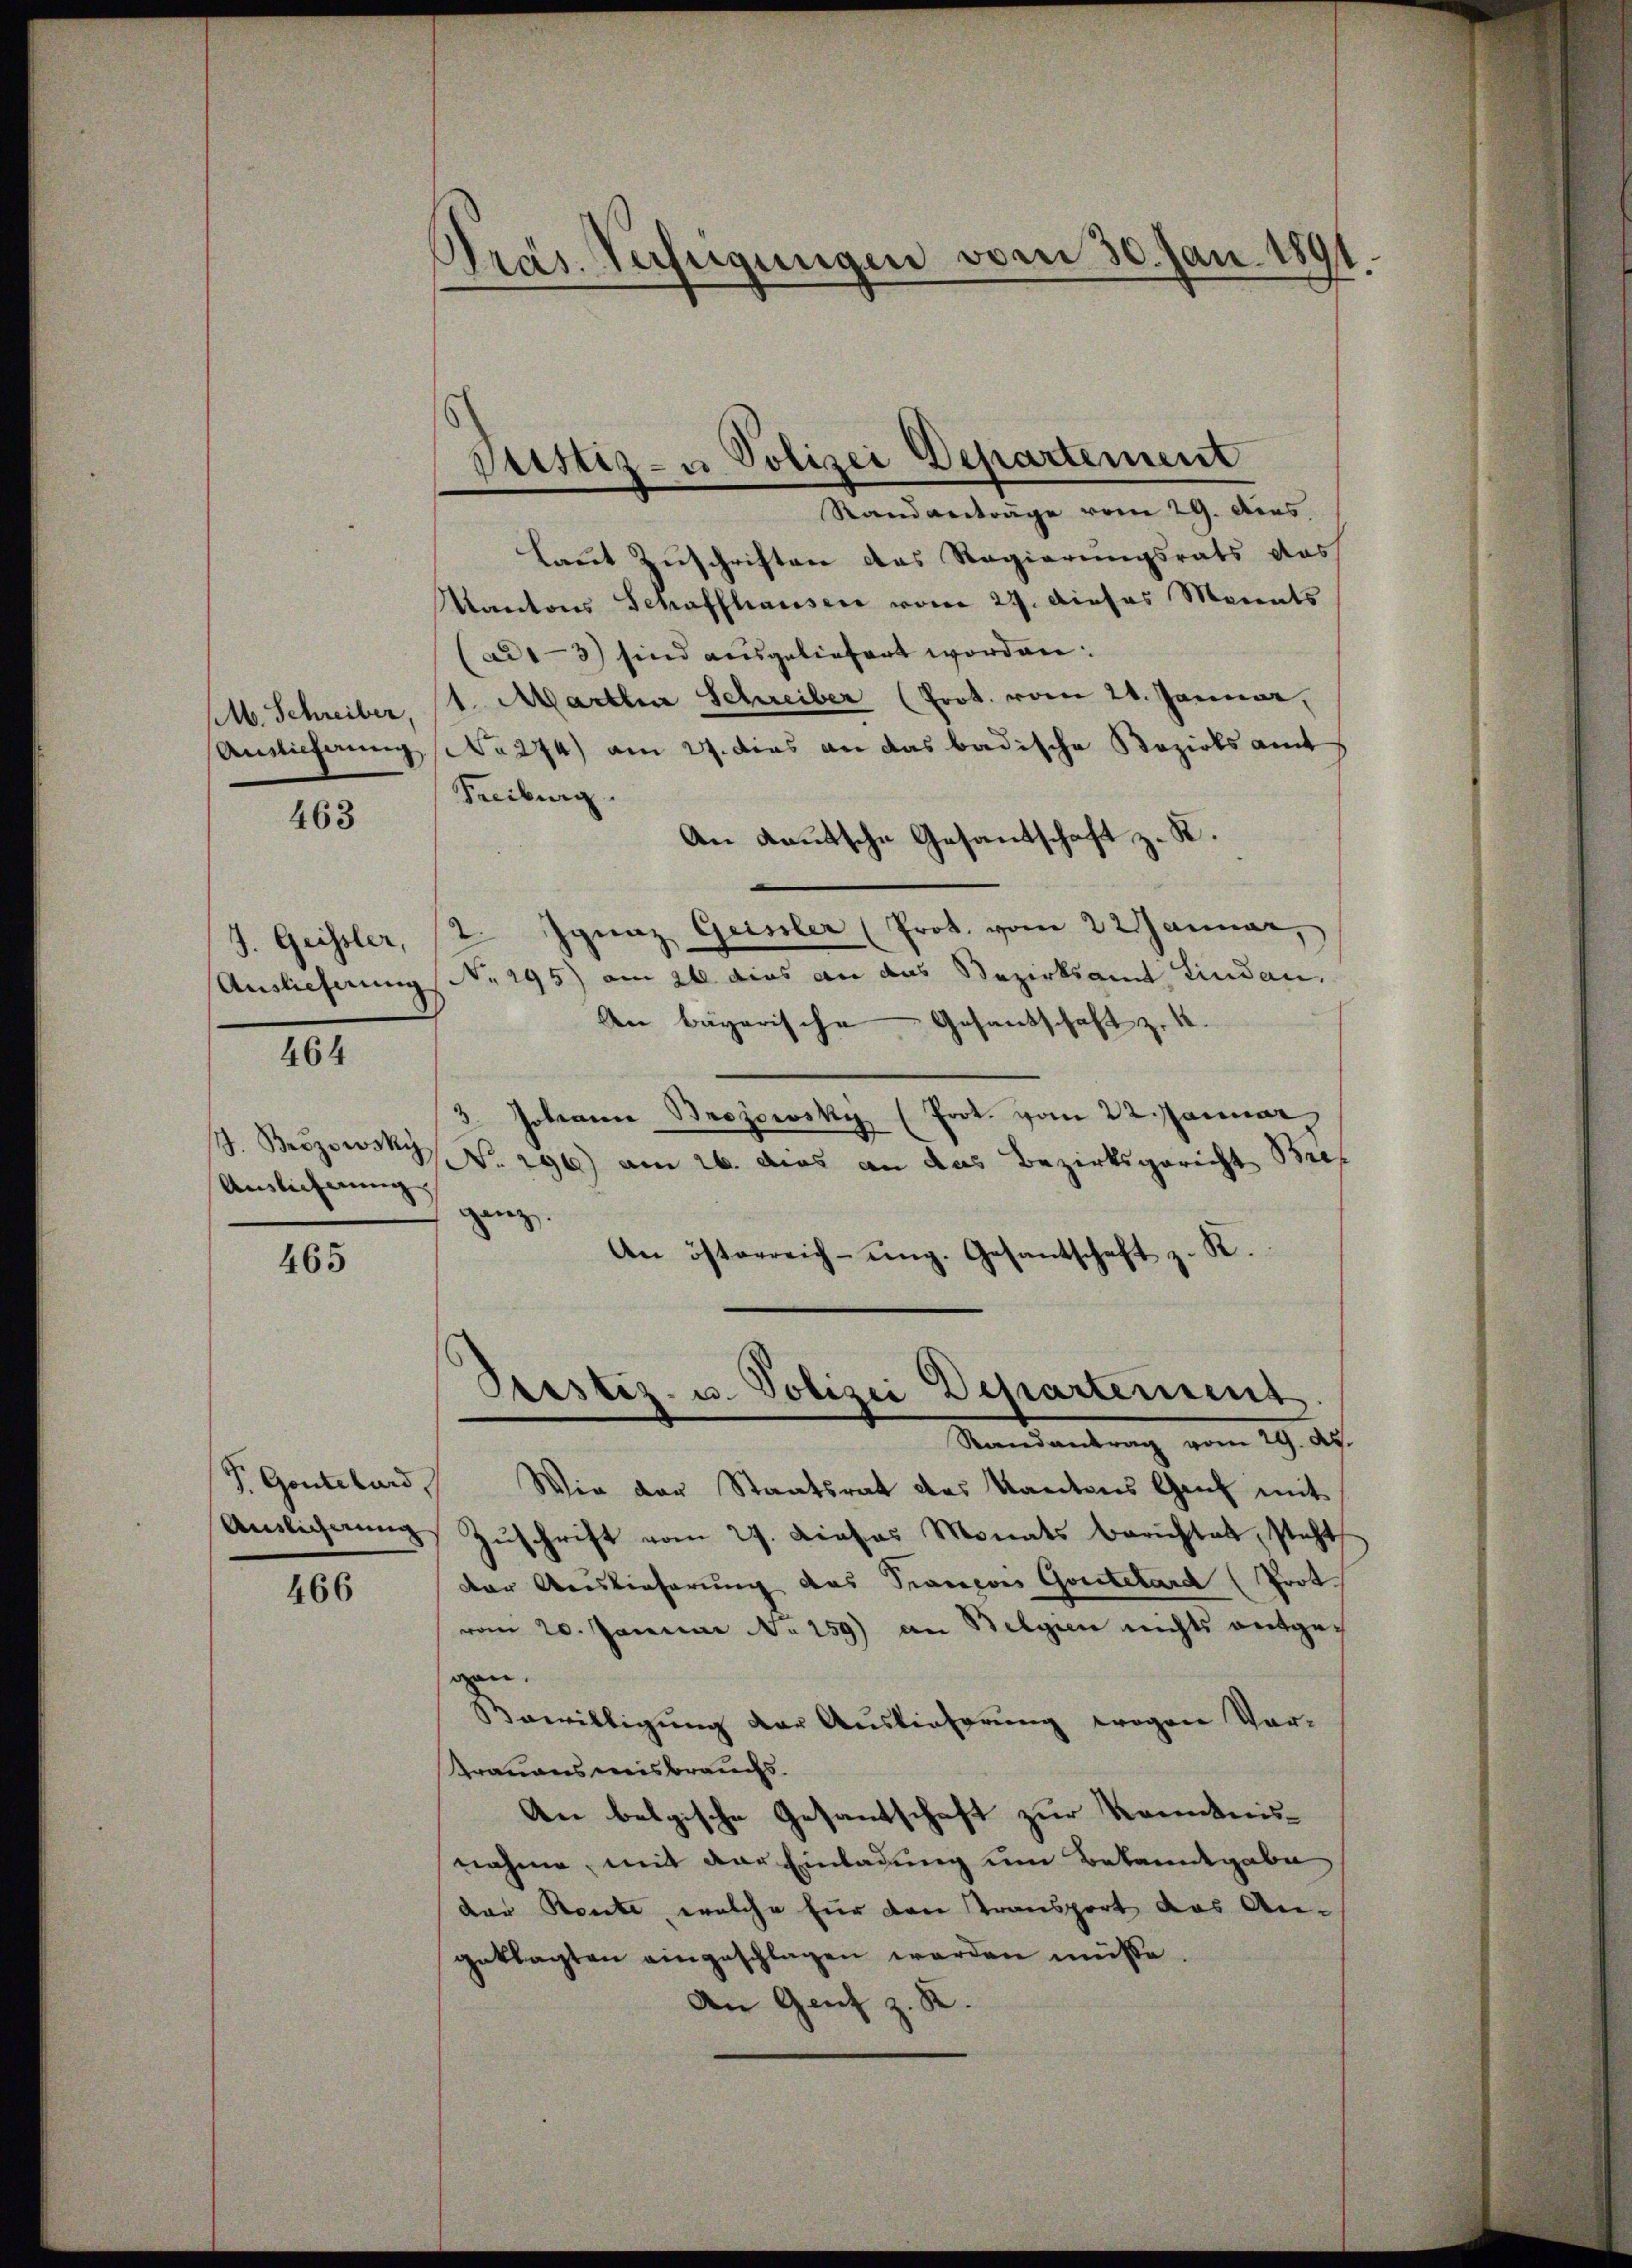
463

J. Geissler,

J. Brozowsky
Auslieferung

464

Randanträge vom 29. Dies
laut Zuschriften das Regierungsrats das
Kantons Schaffhausen vom 27. Dieses Marents
ad1-3) sind ausgeliefert worden:
sb. Schreiber, 11. Martin Schreiber (Prot. vom 21. Januar,
Ansicherung No 274) am 21. dies an das badische Rezirksamt
Freiburg
An Kautsche Gesantschaft z. K.
2. Ignaz Geinler (Prot. vom 22 Januar,
Auslieferung No. 295) am 26 dies an das Bezirksamt Lindau.
An bayerische Gesandschaft zu 4.
3. Johann Brozowski (Prot. vom 22 Januar
No. 296) am 26. dies an das Bezirksgericht Bref
ganz
An österreichung. Gesantschaft z. K.
Bestiz- u. Polizei Departement.
Randantrag vom 29. d.
 Gontelard, Wie der Staatsrat des Kantons Genf mit
Anlignung, Zuschrift vom 27. Dieses Monats berichtet, steht
466 der Auslieferung das Trançois Goutelard (Prot.
vom 20. Januar No. 159) an Belgien nichts entgegen.
Bewilligung der Auslieferung wegen Vor-
Krauensweisbrauchs.
An belgische Gesandtschaft zur Kenntnisnahme, mit der Einladung um Bekanntgabe
der Rente, welche für den Transport das An-
geklagten eingeschlagen werden müsse.
An Genf z. R.

465

Präs. Verfügungen vom 30. Jan. 1891.

Justiz- u Polizei Departement